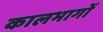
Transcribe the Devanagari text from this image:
कालभागों